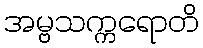
အမ္ဗသက္ကရောတိ